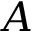
A